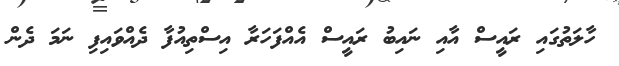
ހާލަތުގައި ރައީސް އާއި ނައިބު ރައީސް އެއްފަހަރާ އިސްތިއުފާ ދެއްވައިފި ނަމަ ދެން